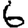
Digit: 6